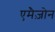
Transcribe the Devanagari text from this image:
एमैज़ोन